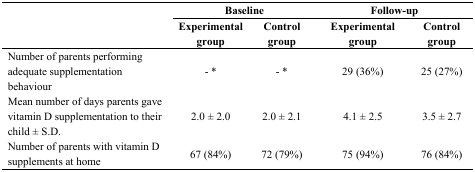
| <ROWSPAN=2>  | <COLSPAN=2> Baseline | <COLSPAN=2> Follow-up |
 | Experimental group | Control group | Experimental group | Control group |
 | --- | --- | --- | --- | --- |
 | Number of parents performing adequate supplementation behaviour | - * | - * | 29 (36%) | 25 (27%) |
 | Mean number of days parents gave vitamin D supplementation to their child ± S.D. | 2.0 ± 2.0 | 2.0 ± 2.1 | 4.1 ± 2.5 | 3.5 ± 2.7 |
 | Number of parents with vitamin D supplements at home | 67 (84%) | 72 (79%) | 75 (94%) | 76 (84%) |